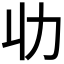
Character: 𠠳